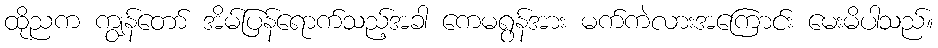
ထိုညက ကျွန်တော် အိမ်ပြန်ရောက်သည့်အခါ ကေမရွန်အား မက်ကဲလားအကြောင်း မေးမိပါသည်။